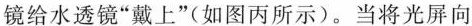
镜给水透镜”戴上”(如图丙所示)。当将光屏向